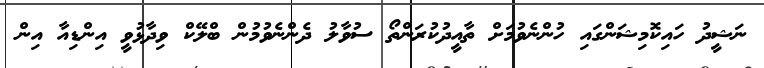
ނަޝީދު ހައިކޮމިޝަންގައި ހުންނެވުމަށް ތާއީދުކުރަންތޯ ސުވާލު ދެންނެވުމުން ބްލޭކް ވިދާޅުވީ އިންޑިއާ އިން